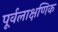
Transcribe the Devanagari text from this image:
पूर्वलाक्षणिक